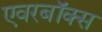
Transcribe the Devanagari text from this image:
एवरबॉक्स